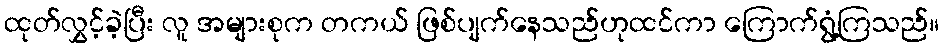
ထုတ်လွှင့်ခဲ့ပြီး လူ အများစုက တကယ် ဖြစ်ပျက်နေသည်ဟုထင်ကာ ကြောက်ရွံ့ကြသည်။